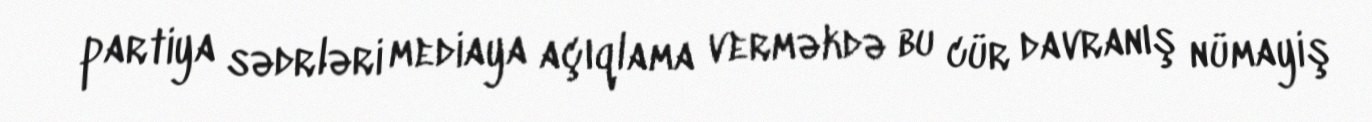
partiya sədrləri mediaya açıqlama verməkdə bu cür davranış nümayiş